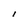
Character: I